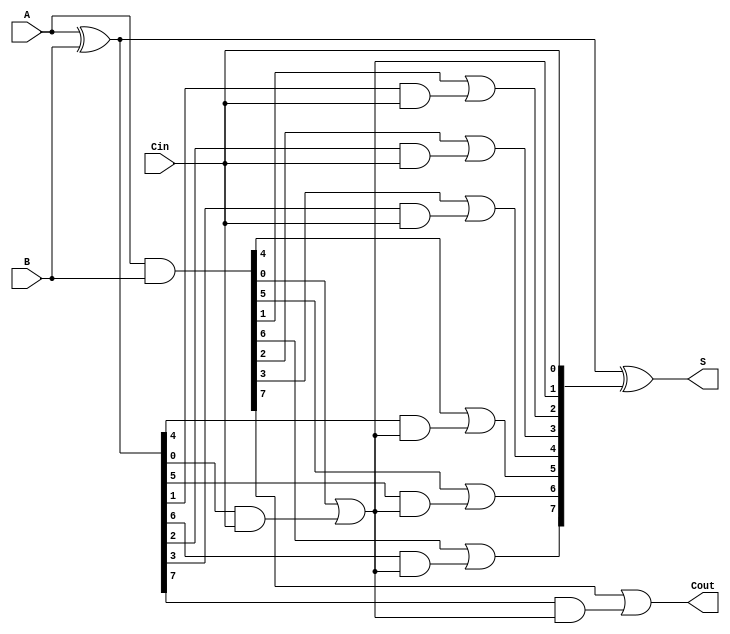
module HanCarlsonAdder #(parameter N = 8) (
    input  [N-1:0] A,       // First n-bit input
    input  [N-1:0] B,       // Second n-bit input
    input          Cin,      // Input carry
    output [N-1:0] S,       // n-bit sum output
    output         Cout      // Output carry
);

    wire [N-1:0] P;         // Propagate signals (A XOR B)
    wire [N-1:0] G;         // Generate signals (A AND B)
    wire [N:0] C;           // Carry signals

    // Generate propagate and generate signals
    assign P = A ^ B;       // Propagate
    assign G = A & B;       // Generate

    // Carry signals
    assign C[0] = Cin;      // Initial carry in
    genvar i;

    // Carry generation for each group of 4 bits
    generate
        for (i = 0; i < N/4; i = i + 1) begin : carry_gen
            wire [3:0] P_group = P[i*4 +: 4];
            wire [3:0] G_group = G[i*4 +: 4];

            // Carry for the current group
            assign C[i*4 + 1] = G_group[0] | (P_group[0] & C[i]);
            assign C[i*4 + 2] = G_group[1] | (P_group[1] & C[i]);
            assign C[i*4 + 3] = G_group[2] | (P_group[2] & C[i]);
            assign C[i*4 + 4] = G_group[3] | (P_group[3] & C[i]);
        end
    endgenerate

    // Sum calculation
    assign S = P ^ C[N-1:0]; // Sum is propagate XOR carry

    // Final carry out
    assign Cout = C[N];

endmodule